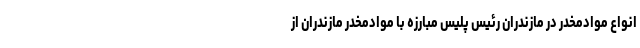
انواع موادمخدر در مازندران رئیس پلیس مبارزه با موادمخدر مازندران از